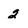
Character: 2